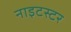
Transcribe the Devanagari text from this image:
नाइटस्टर